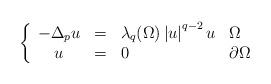
LaTeX: \begin{align*}\left\{\begin{array}[c]{clll}-\Delta_{p}u & = & \lambda_{q}(\Omega)\left\vert u\right\vert ^{q-2}u &\Omega\\u & = & 0 & \partial\Omega\end{array}\right. \end{align*}